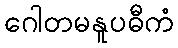
ဂေါတမနူပဓီကံ